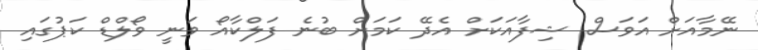
ނޭމާއަށް އަވަސް ޝިފާއަކަށް އެދޭ ކަމަށް ބުނެ ފަލްކާއޯ ވަނީ ވޯލްޑް ކަޕުގައި